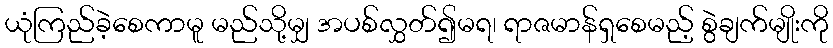
ယုံကြည်ခဲ့စေကာမူ မည်သို့မျှ အပစ်လွှတ်၍မရ၊ ရာဇမာန်ရှစေမည့် စွဲချက်မျိုးကို